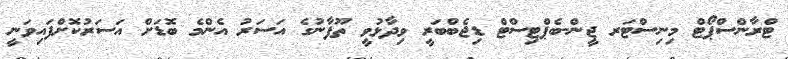
ޓްރާންސްޕޯޓް މިނިސްޓަރ ޖީން-ބެޕްޓިސްޓް ޑިޖެބްބަރީ ވިދާޅުވީ ތޫފާނުގެ އަސަރު އެންމެ ބޮޑަށް އަސަރުކޮށްފައިވަނީ